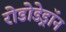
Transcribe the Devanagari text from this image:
रोडोडेड्रॉन